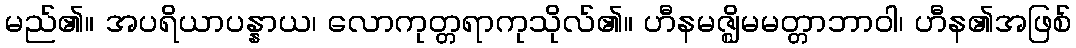
မည်၏။ အပရိယာပန္နာယ၊ လောကုတ္တရာကုသိုလ်၏။ ဟီနမဇ္ဈိမမတ္တာဘာဝါ၊ ဟီန၏အဖြစ်